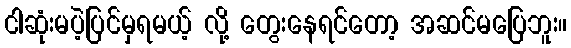
ငါဆုံးမပဲ့ပြင်မှရမယ့် လို့ တွေးနေရင်တော့ အဆင်မပြေဘူး။